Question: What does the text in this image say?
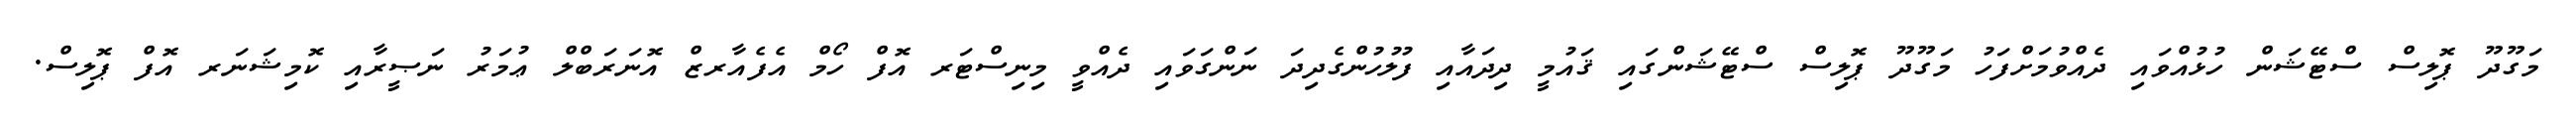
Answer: މަގޫދޫ ޕޮލިސް ސްޓޭޝަން ހުޅުއްވައި ދެއްވުމަށްފަހު މަގޫދޫ ޕޮލިސް ސްޓޭޝަންގައި ޤައުމީ ދިދައާއި ފުލުހުންގެދިދަ ނަންގަވައި ދެއްވީ މިނިސްޓަރ އޮފް ހޯމް އެފެއާރޒް އޮނަރަބްލް ޢުމަރު ނަޞީރާއި ކޮމިޝަނަރ އޮފް ޕޮލިސް.